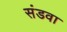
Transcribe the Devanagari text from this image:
संडवा